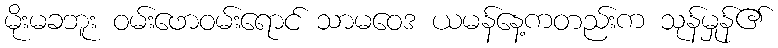
မိုးမခဘူး ဝမ်းဖောဝမ်းရောင် သာမဝေဒ ယမန်နေ့ကတည်းက သုန်မှုန်၏